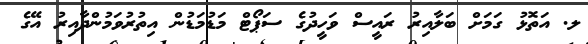
ލ. އަތޮޅު ގަމަށް ބަލާއިރު ރައީސް ވަހީދުގެ ސަޕޯޓް މަޑުމަޑުން އިތުރުވަމުންދާއިރު އޭގެ